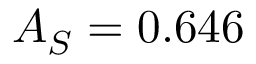
A _ { S } = 0 . 6 4 6